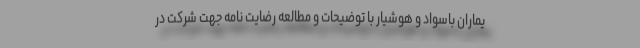
یماران باسواد و هوشیار با توضیحات و مطالعه رضایت نامه جهت شرکت در